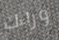
وراءك